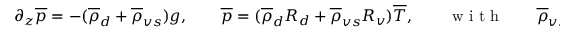
\begin{array} { r } { \partial _ { z } \overline { { p } } = - ( \overline { { \rho } } _ { d } + \overline { { \rho } } _ { v s } ) g , \qquad \overline { { p } } = ( \overline { { \rho } } _ { d } R _ { d } + \overline { { \rho } } _ { v s } R _ { v } ) \overline { { T } } , \qquad \mathrm { ~ w ~ i ~ t ~ h ~ } \qquad \overline { { \rho } } _ { v s } ( \overline { { T } } ) = \frac { e _ { s } ( \overline { { T } } ) } { R _ { v } \overline { { T } } } , } \end{array}